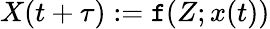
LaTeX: X(t+\tau):=\mathtt{f}(Z;x(t))